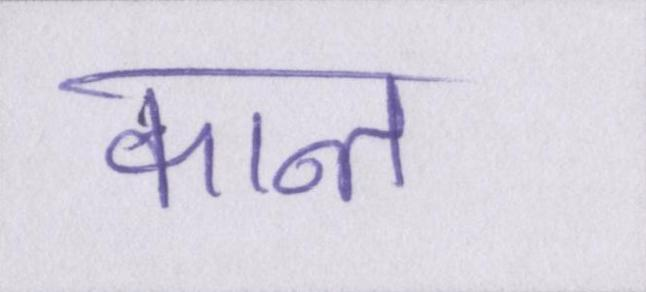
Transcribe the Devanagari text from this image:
कान्त